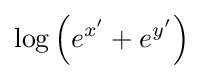
\log \left(e^{x'}+e^{y'}\right)